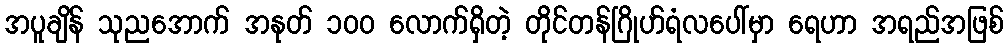
အပူချိန် သုညအောက် အနုတ် ၁၀၀ လောက်ရှိတဲ့ တိုင်တန်ဂြိုဟ်ရံလပေါ်မှာ ရေဟာ အရည်အဖြစ်